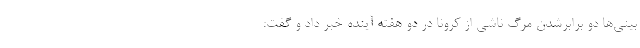
بینی‌ها دو برابرشدن مرگ ناشی از کرونا در دو هفته آینده خبر داد و گفت: